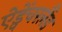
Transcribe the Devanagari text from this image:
ऐड्वेंचरलैंड